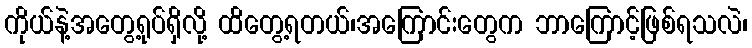
ကိုယ်နဲ့အတွေ့ရုပ်ရှိလို့ ထိတွေ့ရတယ်၊အကြောင်းတွေက ဘာကြောင့်ဖြစ်ရသလဲ၊